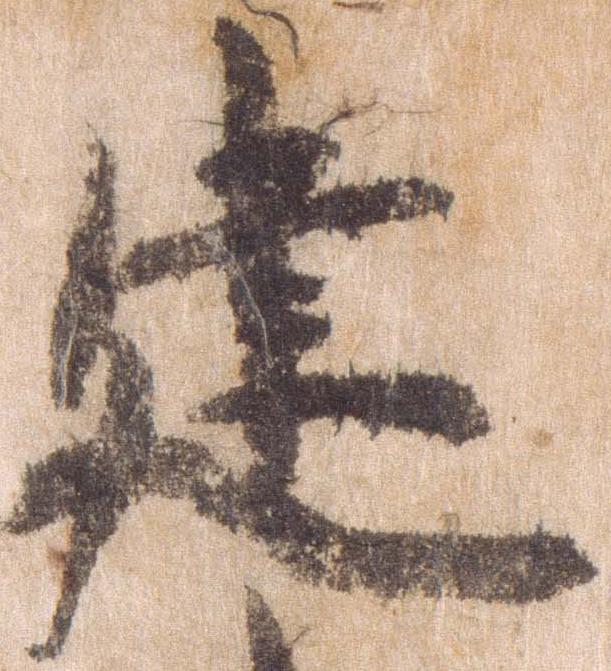
建